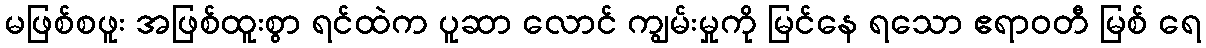
မဖြစ်စဖူး အဖြစ်ထူးစွာ ရင်ထဲက ပူဆာ လောင် ကျွမ်းမှုကို မြင်နေ ရသော ဧရာဝတီ မြစ် ရေ